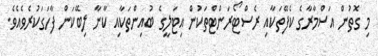
މި ގޮތުން އަސްމާރާގެ ކެފޭތަކާއި ރެސްޓޯރަންޓްތަކުން އިޓަލީގެ ބުއިންތަކާއި ކާނާ ލިބޭކަން ފާހަގަކުރެވެއެވެ.